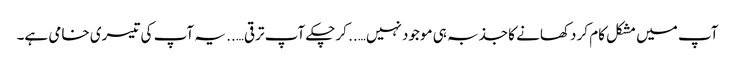
آپ میں مشکل کام کر دکھانے کا جذبہ ہی موجود نہیں….. کرچکے آپ ترقی….. یہ آپ کی تیسری خامی ہے۔